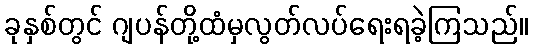
ခုနှစ်တွင် ဂျပန်တို့ထံမှလွတ်လပ်ရေးရခဲ့ကြသည်။